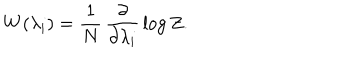
LaTeX: W ( \lambda _ { i } ) = \frac { 1 } { N } \, \frac { \partial } { \partial \lambda _ { i } } \, \log Z .